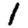
Digit: 1